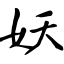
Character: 妖